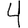
Digit: 4